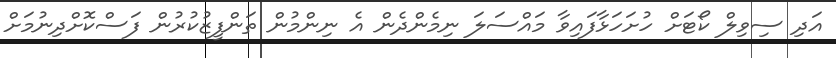
އަދި ސިވިލް ކޯޓަށް ހުށަހަޅާފައިވާ މައްސަލަ ނިމެންދެން އެ ނިންމުން ތަންފީޒުކުރުން ފަސްކޮށްދިނުމަށް